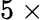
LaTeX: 5~\times